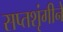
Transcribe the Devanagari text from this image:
सप्तशृंगीने